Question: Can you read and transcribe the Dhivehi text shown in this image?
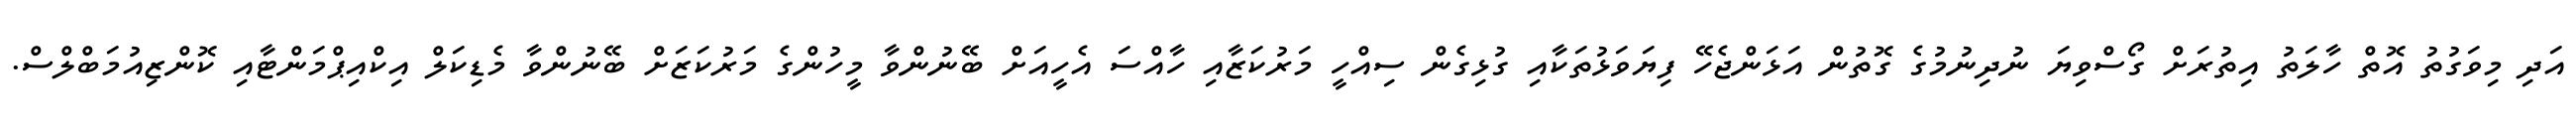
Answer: އަދި މިވަގުތު އޮތް ހާލަތު އިތުރަށް ގޯސްވިޔަ ނުދިނުމުގެ ގޮތުން އަޅަންޖެހޭ ފިޔަވަޅުތަކާއި ގުޅިގެން ސިއްހީ މަރުކަޒާއި ހާއްސަ އެހީއަށް ބޭނުންވާ މީހުންގެ މަރުކަޒަށް ބޭނުންވާ މެޑިކަލް އިކްއިޕްމަންޓާއި ކޮންޒިއުމަބްލްސް.